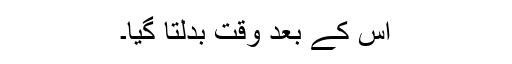
اس کے بعد وقت بدلتا گیا۔